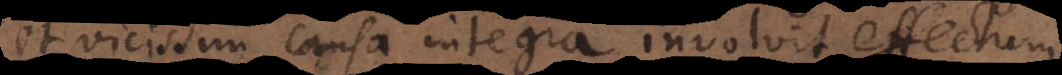
et vicissim causa integra involvit effectum